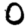
Digit: 0